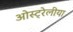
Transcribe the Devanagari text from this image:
ओस्ट्रेलीया